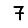
Digit: 7